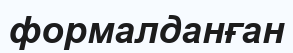
формалданған